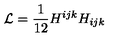
{ \cal L } = { \frac { 1 } { 1 2 } } { H ^ { i j k } H _ { i j k } }